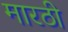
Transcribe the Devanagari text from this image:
मारठी